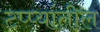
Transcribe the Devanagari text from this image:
टप्प्यांतील